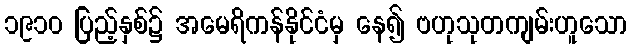
၁၉၁၀ ပြည့်နှစ်၌ အမေရိကန်နိုင်ငံမှ နေ၍ ဗဟုသုတကျမ်းဟူသော